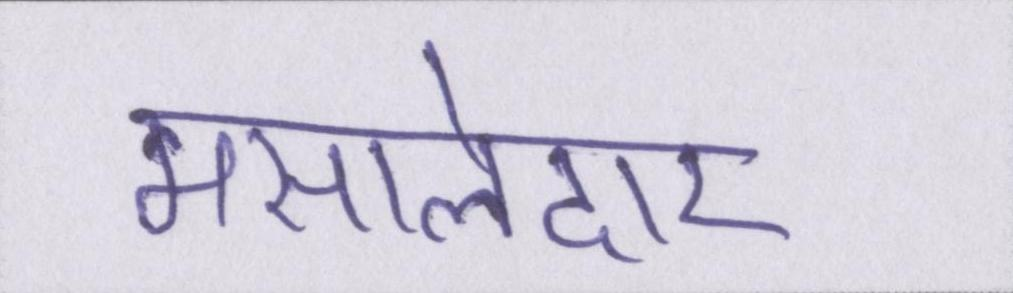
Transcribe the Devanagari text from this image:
मसालेदार